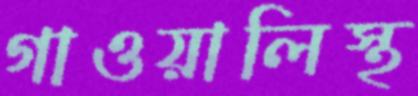
গাওয়ালিস্থ